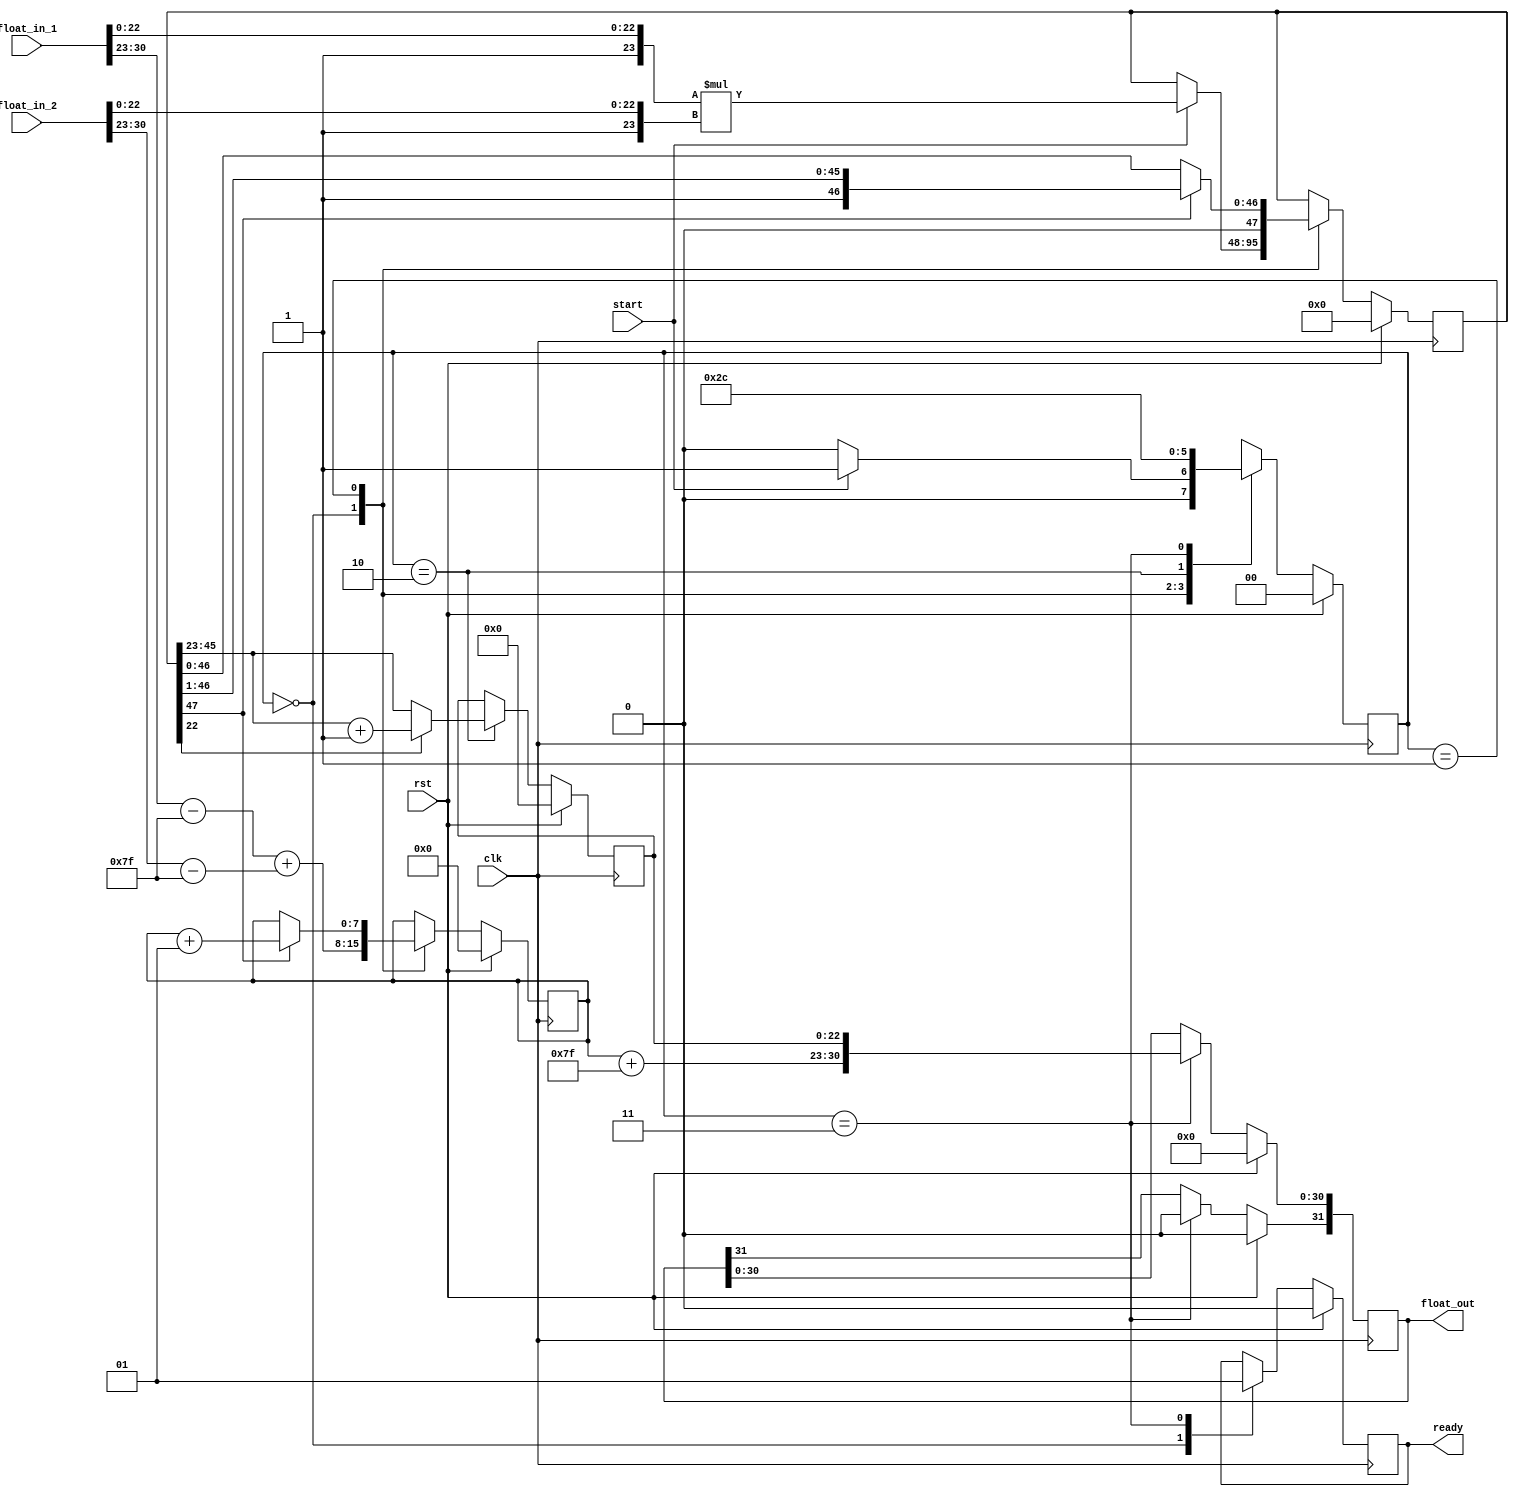
module float_mul (clk, rst, start, float_in_1, float_in_2, float_out, ready);

input wire start;
input wire clk;
input wire rst;
input wire [31:0] float_in_1;
input wire [31:0] float_in_2;

output reg [31:0] float_out;
output reg ready;

wire signed [7:0] E1, E2;
reg signed [7:0] E;
wire [22:0] M1, M2, M_trunc;
reg [22:0] M;
reg [47:0] M_mul;
reg [1:0] state;

localparam IDLE_MUL = 2'b00,
           OVERFLOW = 2'b01,
           ROUNDING = 2'b10,
           FINISH = 2'b11;

assign E1 = float_in_1[30:23] - 127;
assign E2 = float_in_2[30:23] - 127;

assign M1 = float_in_1[22:0];
assign M2 = float_in_2[22:0];

assign M_trunc = M_mul[22:0];

always @ (posedge clk)
    if(rst == 1'b1) begin
        float_out <= 32'b0;
        ready <= 1'b0;
        state <= IDLE_MUL;
        E <= 8'b0;
        M <= 23'b0;
        M_mul <= 48'b0;
    end else begin
        case(state)
            IDLE_MUL: begin
                E <= E1 + E2;
                ready <= 1'b0;
                if (start == 1'b1) begin
                    M_mul <= ({1'b1, M1} * {1'b1, M2});
                    state <= OVERFLOW;
                end else begin
                    state <= IDLE_MUL;
                end
            end
            OVERFLOW: begin
                if (M_mul[47] == 1) begin
                    M_mul <= M_mul >> 1;
                    E <= E + 1;
                end else begin
                    M_mul <= M_mul;
                    E <= E;
                end
                state <= ROUNDING;
            end
            ROUNDING: begin
                if(M_trunc[22] == 1) begin
                    M <= M_mul[45:23] + 1;
                end else begin
                    M <= M_mul[45:23];
                end
                state <= FINISH;
            end
            FINISH: begin
                float_out[30:0] <= {(E + 127), M};
                float_out[31] <= 0;
                ready <= 1'b1;
                state <= IDLE_MUL;
            end
        endcase
    end
endmodule